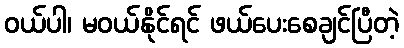
ဝယ်ပါ၊ မဝယ်နိုင်ရင် ဖယ်ပေးစေချင်ပြီတဲ့